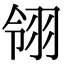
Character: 翎